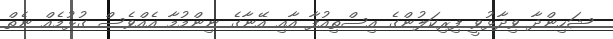
ޝަހިންދާ ވިދާޅުވީ ފިރިކަލުންގެ އިސްތިއުފާ އާއި އޭނާގެ ނިންމުމާ އެއްވެސް ގުޅުމެއް ނެތް